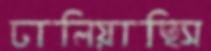
ঢালিয়াছিস